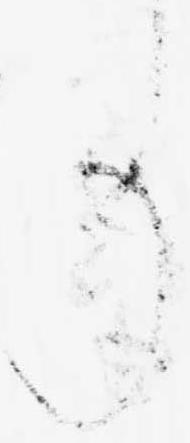
事